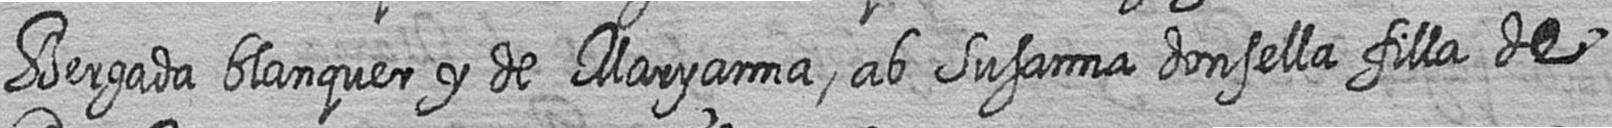
Bergada blanquer y de Maryanna ab Susanna donsella filla de